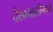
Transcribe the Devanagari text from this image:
देखभालीमध्ये